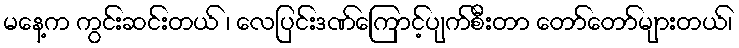
မနေ့က ကွင်းဆင်းတယ် ၊ လေပြင်းဒဏ်ကြောင့်ပျက်စီးတာ တော်တော်များတယ်၊